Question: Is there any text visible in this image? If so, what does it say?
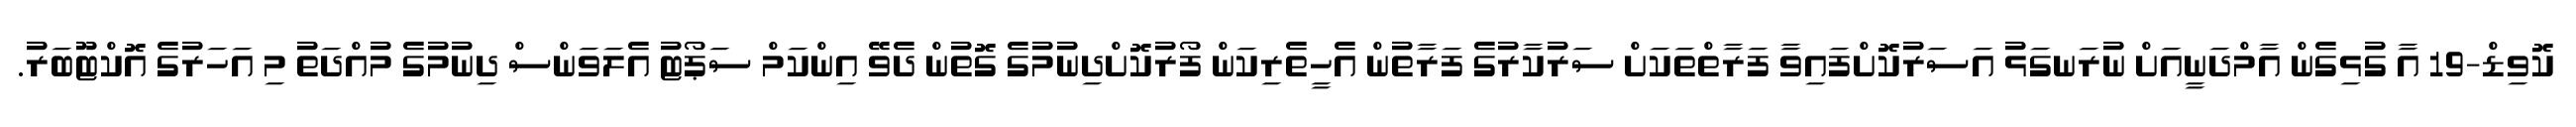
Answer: ކޮވިޑް-19 އާ ގުޅިގެން އާމްދަނީއަށް ނުރަނގަޅު އަސަރުކޮށްފައިވާ ފަރާތްތަކަށް ސަރުކާރުގެ ފަރާތުން އެހީތެރިކަން ފޯރުކޮށްދިނުމުގެ ގޮތުން ދެވޭ އިންކަމް ސަޕޯޓު އެލަވަންސް ދިނުމުގެ މުއްދަތު މި އަހަރުގެ އޮކްޓޫބަރު.